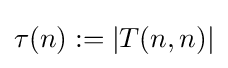
\tau (n):=|T(n,n)|